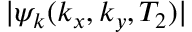
| \psi _ { k } ( k _ { x } , k _ { y } , T _ { 2 } ) |